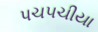
પચ૫ચીયા